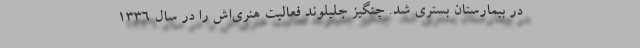
در بیمارستان بستری شد. چنگیز جلیلوند فعالیت هنری‌اش را در سال ۱۳۳۶